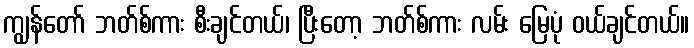
ကျွန်တော် ဘတ်စ်ကား စီးချင်တယ်၊ ပြီးတော့ ဘတ်စ်ကား လမ်း မြေပုံ ဝယ်ချင်တယ်။